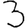
Digit: 3